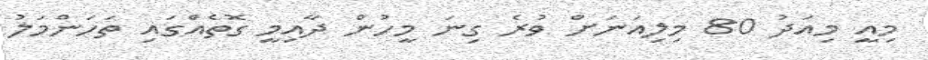
މިއީ މިއަދު 80 މިލިއަނަށް ވުރެ ގިނަ މީހުން ދާއިމީ ގޮތެއްގައި ތަހަންމަލު